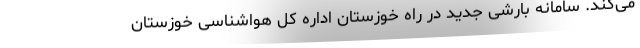
می‌کند. سامانه بارشی جدید در راه خوزستان اداره کل هواشناسی خوزستان